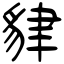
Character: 貄